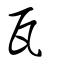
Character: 瓦